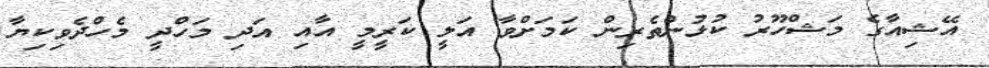
އޭޝިއާގެ މަޝްހޫރު ކުޅުންތެރިން ކަމަށްވާ އަލީ ކަރީމީ އާއި އަދި މަހްދީ މެހްދެވިކިޔާ